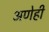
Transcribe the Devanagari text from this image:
अणेही